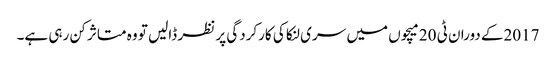
2017کے دوران ٹی 20 میچوں میں سری لنکا کی کارکردگی پر نظر ڈالیں تو وہ متاثر کن رہی ہے۔